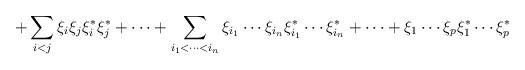
LaTeX: \begin{align*}+\sum_{i<j}\xi _i\xi _j\xi _i^{*}\xi _j^{*}+\cdots+\sum_{i_1<\cdots <i_n}\xi _{i_1}\cdots \xi _{i_n}\xi _{i_1}^{*}\cdots \xi_{i_n}^{*}+\cdots+\xi _1\cdots \xi _p\xi _1^{*}\cdots \xi _p^{*}\end{align*}